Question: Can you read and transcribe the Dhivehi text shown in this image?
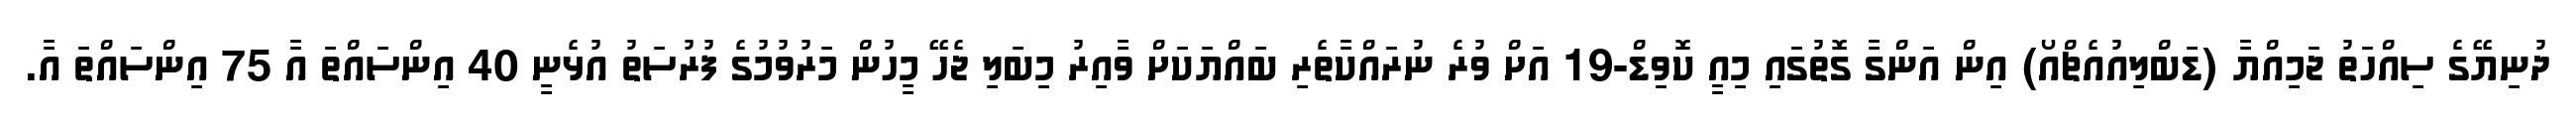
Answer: ދުނިޔޭގެ ސިއްހަތު ޖަމިއްޔާ (ޑަބްލިއުއެޗްއޯ) އިން އަންގާ ގޮތުގައި މިއީ ކޮވިޑް-19 އަށް ވުރެ ނުރައްކާތެރި ބައްޔަކަށް ވާއިރު މިބަލި ޖެހޭ މީހުން މަރުވުމުގެ ފުރުސަތު އުޅެނީ 40 އިންސައްތަ އާ 75 އިންސައްތަ އާ.